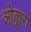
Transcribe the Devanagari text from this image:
ओकुरा